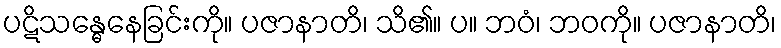
ပဋိသန္ဓေနေခြင်းကို။ ပဇာနာတိ၊ သိ၏။ ပ။ ဘဝံ၊ ဘဝကို။ ပဇာနာတိ၊